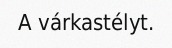
A várkastélyt.